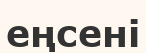
еңсені